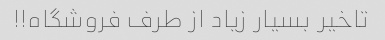
تاخیر بسیار زیاد از طرف فروشگاه!!